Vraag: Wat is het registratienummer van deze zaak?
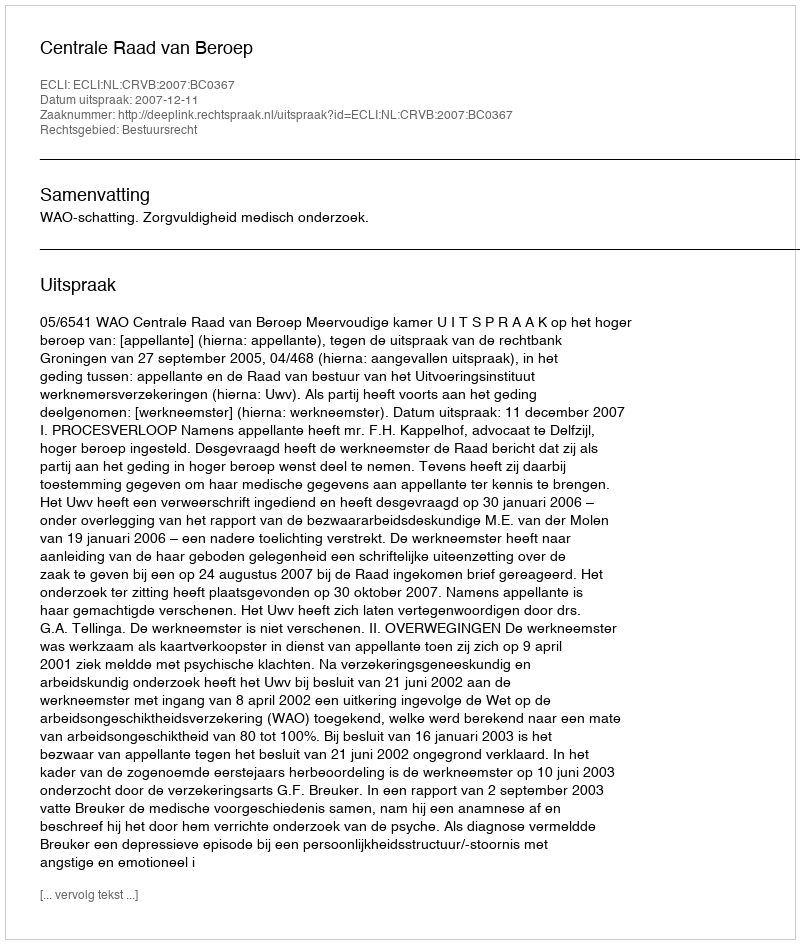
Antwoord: http://deeplink.rechtspraak.nl/uitspraak?id=ECLI:NL:CRVB:2007:BC0367